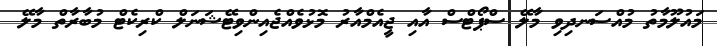
މައުލޫމާތު މުއްސަނދިވި މާލޭ ސްޕޯޓްސް އާއި ޖީއެމްއާރު މޮޅުވެއްޖެއިންވިޓޭޝަނަލް ކްރިކެޓް މުބާރާތް މާލޭ